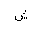
Letter: _shin